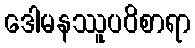
ဒေါမနဿူပဝိစာရာ